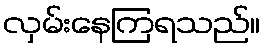
လှမ်းနေကြရသည်။